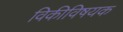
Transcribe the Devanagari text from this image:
विकीविषयक